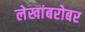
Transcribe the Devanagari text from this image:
लेखांबरोबर